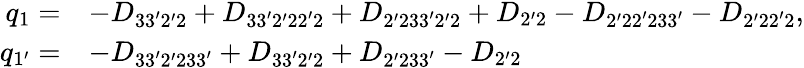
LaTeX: \begin{array}{rl}{{q_{1}}=}&{-{D_{33^{\prime}2^{\prime}2}}+{D_{33^{\prime}2^{\prime}22^{\prime}2}}+{D_{2^{\prime}233^{\prime}2^{\prime}2}}+{D_{2^{\prime}2}}-{D_{2^{\prime}22^{\prime}233^{\prime}}}-{D_{2^{\prime}22^{\prime}2}},}\\ {{q_{1^{\prime}}}=}&{-{D_{33^{\prime}2^{\prime}233^{\prime}}}+{D_{33^{\prime}2^{\prime}2}}+{D_{2^{\prime}233^{\prime}}}-{D_{2^{\prime}2}}}\end{array}